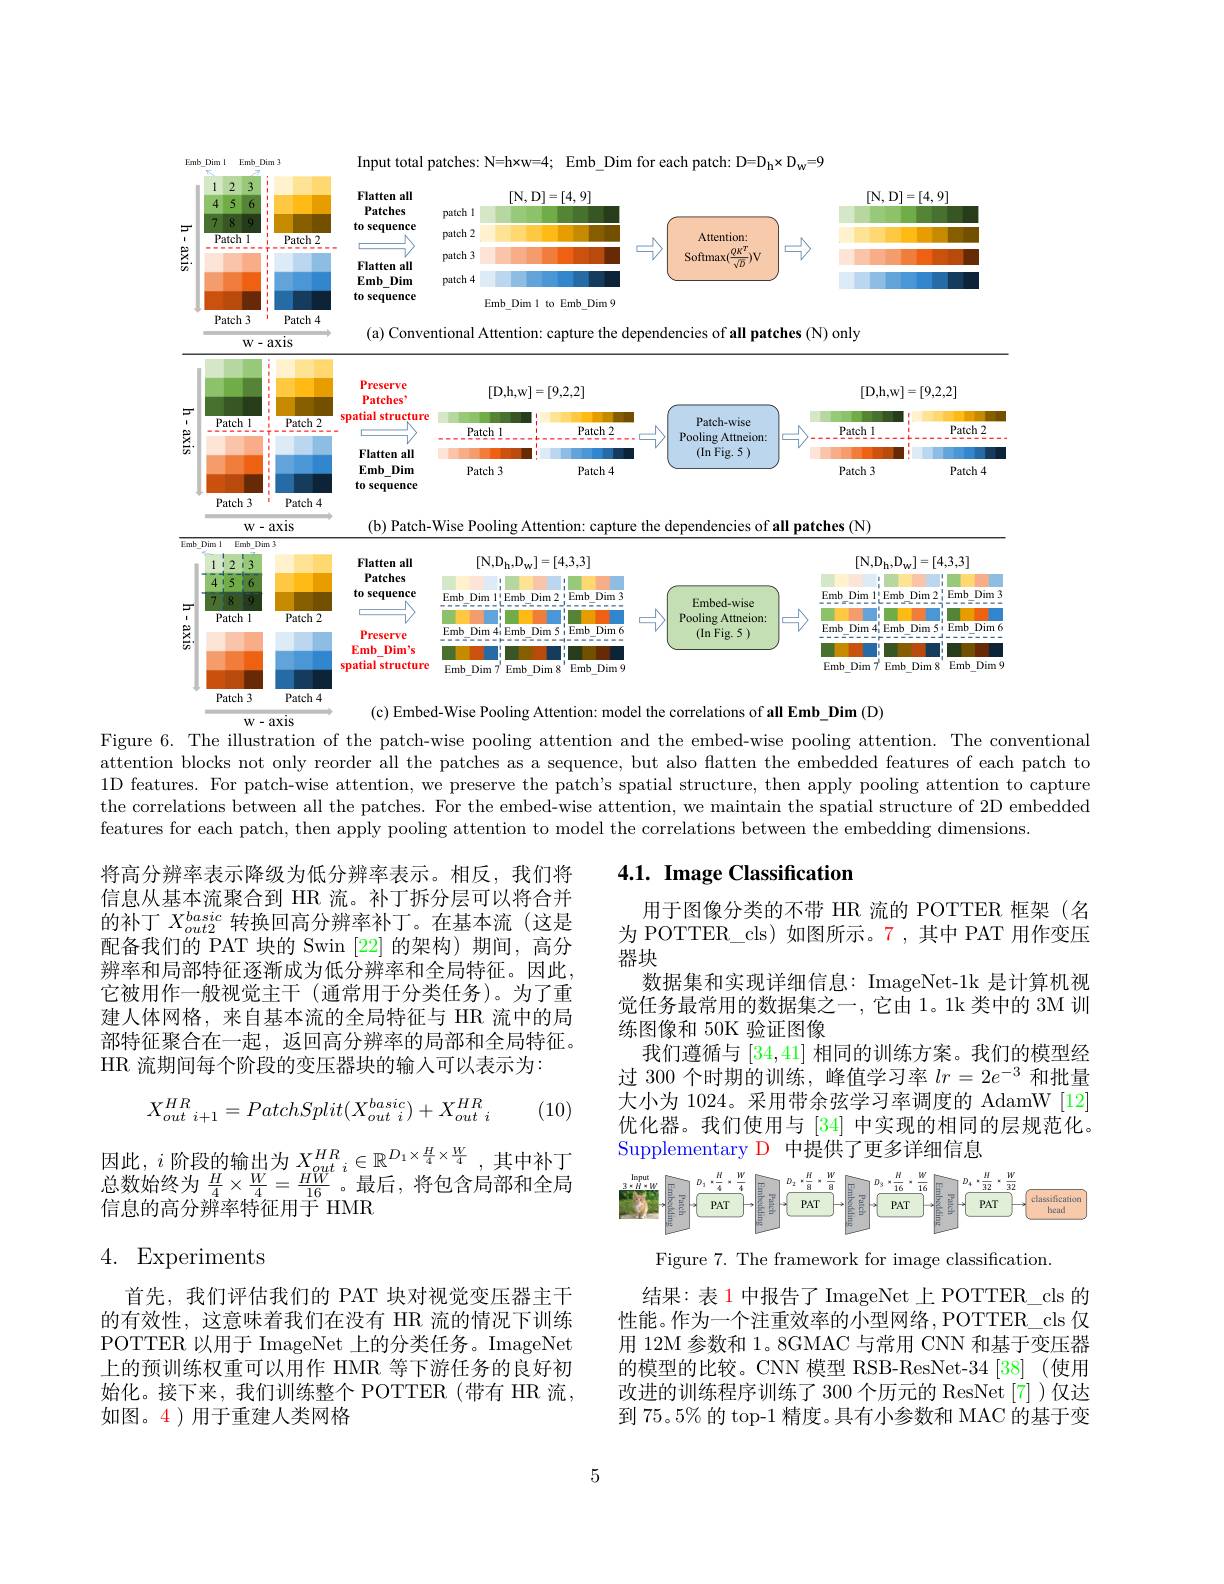
<FigureHere>
$W-axis$

<FigureHere>

Patch 3
Patch 4

(c) Embed-Wise Pooling Attention: model the correlations of all Emb\_Dim (D)
$\mathbf{W-axis}$
Figure 6. The illustration of the patch-wise pooling attention and the embed-wise pooling attention. The conventional attention blocks not only reorder all the patches as a sequence, but also flatten the embedded features of each patch to 1D features. For patch-wise attention, we preserve the patch's spatial structure, then apply pooling attention to capture the correlations between all the patches. For the embed-wise attention, we maintain the spatial structure of 2D embedded features for each patch, then apply pooling attention to model the correlations between the embedding dimensions.

# 4.1. Image Classification

将高分辨率表示降级为低分辨率表示。相反，我们将信息从基本流聚合到 HR 流。补丁拆分层可以将合并的补丁$X_{out2}^{basic}$转换回高分辨率补丁。在基本流(这是配备我们的 PAT 块的 Swin [22] 的架构) 期间，高分辨率和局部特征逐渐成为低分辨率和全局特征。因此， 它被用作一般视觉主干(通常用于分类任务)。为了重建人体网格，来自基本流的全局特征与 HR 流中的局部特征聚合在一起，返回高分辨率的局部和全局特征。HR 流期间每个阶段的变压器块的输入可以表示为：

用于图像分类的不带 HR 流的 POTTER 框架(名为 POTTER\_cls) 如图所示。7 ,其中 PAT 用作变压器块
数据集和实现详细信息：ImageNet-1k 是计算机视觉任务最常用的数据集之一，它由 1。1k 类中的 3M 训练图像和 50K 验证图像
我们遵循与[34,41]相同的训练方案。我们的模型经过 300 个时期的训练，峰值学习率$lr=2e^-3$和批量大小为 1024。采用带余弦学习率调度的 AdamW[12] 优化器。我们使用与[34]中实现的相同的层规范化。Supplementary D 中提供了更多详细信息
$$X_{out\:i+1}^{HR}=PatchSplit(X_{out\:i}^{basic})+X_{out\:i}^{HR}$$
(10)

因此，$i$阶段的输出为$X_out^{HR}_i\in\mathbb{R}^{D_1\times\frac H4\times\frac W4}$,其中补丁总数始终为$\frac{H}{4}\times\frac{W}{4}=\frac{HW}{16}$。最后，将包含局部和全局信息的高分辨率特征用于 HMR

<FigureHere>

# 4. Experiments

Figure 7. The framework for image classification.

首先，我们评估我们的 PAT 块对视觉变压器主干的有效性，这意味着我们在没有 HR 流的情况下训练POTTER 以用于 ImageNet 上的分类任务。ImageNet 上的预训练权重可以用作 HMR 等下游任务的良好初始化。接下来，我们训练整个 POTTER(带有 HR 流， 如图。4)用于重建人类网格

结果：表 1 中报告了 ImageNet 上 POTTER\_cls 的性能。作为一个注重效率的小型网络，POTTER\_cls 仅用 12M 参数和 1。8GMAC 与常用 CNN 和基于变压器的模型的比较。CNN 模型 RSB-ResNet-34 [38] (使用改进的训练程序训练了 300 个历元的 ResNet [7] )仅达到 75。5% 的 top-1 精度。具有小参数和 MAC 的基于变

5